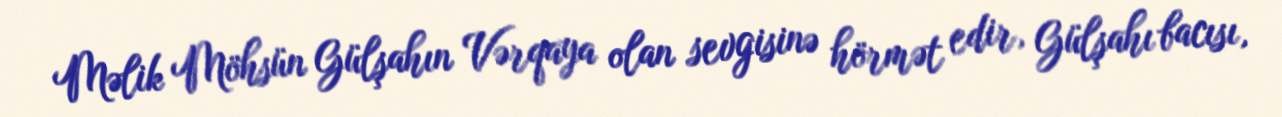
Məlik Möhsün Gülşahın Vərqaya olan sevgisinə hörmət edir, Gülşahı bacısı,